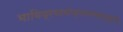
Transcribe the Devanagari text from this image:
भाविप्रमावोज्जलमव्यबुद्धिः